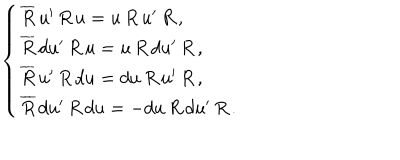
LaTeX: \left\{ \begin{array} { l } { { \overline { { { R } } } \, u ^ { \prime } \, R \, u = u \, R \, u ^ { \prime } \, R \, , } } \\ { { \overline { { { R } } } \, d u ^ { \prime } \, R \, u = u \, R \, d u ^ { \prime } \, R \, , } } \\ { { \overline { { { R } } } \, u ^ { \prime } \, R \, d u = d u \, R \, u ^ { \prime } \, R \, , } } \\ { { \overline { { { R } } } \, d u ^ { \prime } \, R \, d u = - d u \, R \, d u ^ { \prime } \, R \, . } } \\ \end{array} \right.